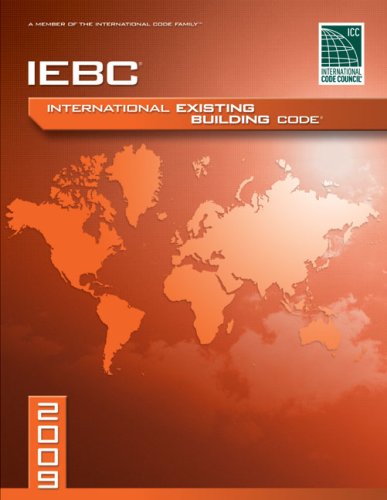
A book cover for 2009 International Existing Building Code - Softcover Version (International Code Council Series); International Code Council; Law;